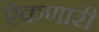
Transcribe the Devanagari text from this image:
ऐकणारी